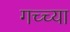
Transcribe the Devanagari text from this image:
गच्च्या